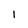
Character: I